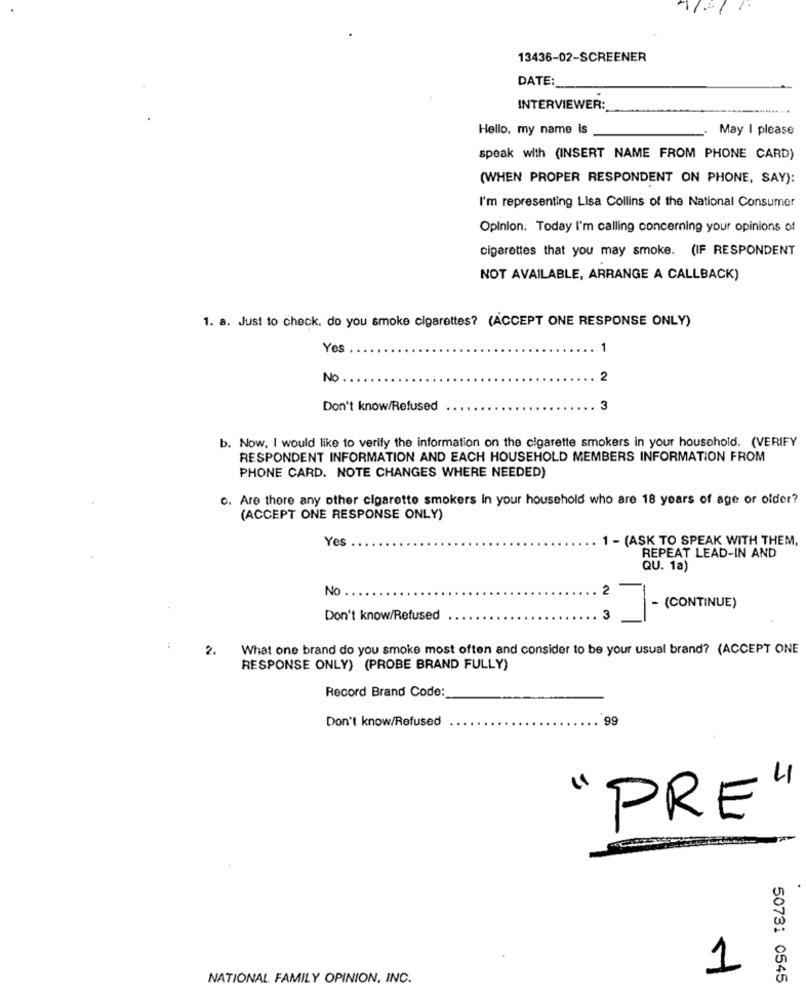
13436-02-SCREENER
DATE:
INTERVIEWER:
Hello, my name is
May I please
speak with (INSERT NAME FROM PHONE CARD)
(WHEN PROPER RESPONDENT ON PHONE, SAY):
I'm representing Lisa Collins of the National Consumer
Opinion. Today I'm calling concerning your opinions of
cigarettes that you may smoke. (IF RESPONDENT
NOT AVAILABLE, ARRANGE A CALLBACK)
1. a. Just to check. do you smoke cigarettes? (ACCEPT ONE RESPONSE ONLY)
Yes
1
No
2
Don't know/Refused
3
b. Now. I would like to verify the information on the cigarette smokers in your household. (VERIFY
RESPONDENT INFORMATION AND EACH HOUSEHOLD MEMBERS INFORMATION FROM
PHONE CARD. NOTE CHANGES WHERE NEEDED)
c. Are there any other cigarette smokers in your household who are 18 years of age or older?
(ACCEPT ONE RESPONSE ONLY)
Yes
1 - (ASK TO SPEAK WITH THEM,
REPEAT LEAD-IN AND
QU. 1a)
No
2
- (CONTINUE)
Don't know/Refused
3
2.
What one brand do you smoke most often and consider to be your usual brand? (ACCEPT ONE
RESPONSE ONLY) (PROBE BRAND FULLY)
Record Brand Code:
Don't know/Refused
99
4
PRE
1
NATIONAL FAMILY OPINION, INC.
50731 0545